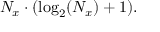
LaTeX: N _ { x } \cdot ( \log _ { 2 } ( N _ { x } ) + 1 ) .